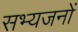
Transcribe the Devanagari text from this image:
सभ्यजनों